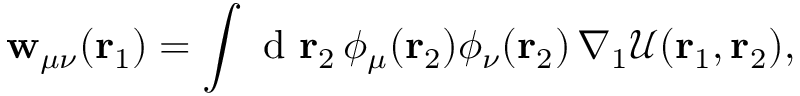
\mathbf { w } _ { \mu \nu } ( { \mathbf { r } _ { 1 } } ) = \int \mathrm { ~ d ~ } { \mathbf { r } _ { 2 } } \, \phi _ { \mu } ( { \mathbf { r } _ { 2 } } ) \phi _ { \nu } ( { \mathbf { r } _ { 2 } } ) \, \nabla _ { 1 } \mathcal { U } ( { \mathbf { r } _ { 1 } } , { \mathbf { r } _ { 2 } } ) ,